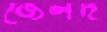
জেলদ